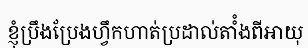
ខ្ញុំប្រឹងប្រែងហ្វឹកហាត់ប្រដាល់តាំំងពីអាយុ